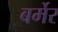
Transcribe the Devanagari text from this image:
बर्मेर